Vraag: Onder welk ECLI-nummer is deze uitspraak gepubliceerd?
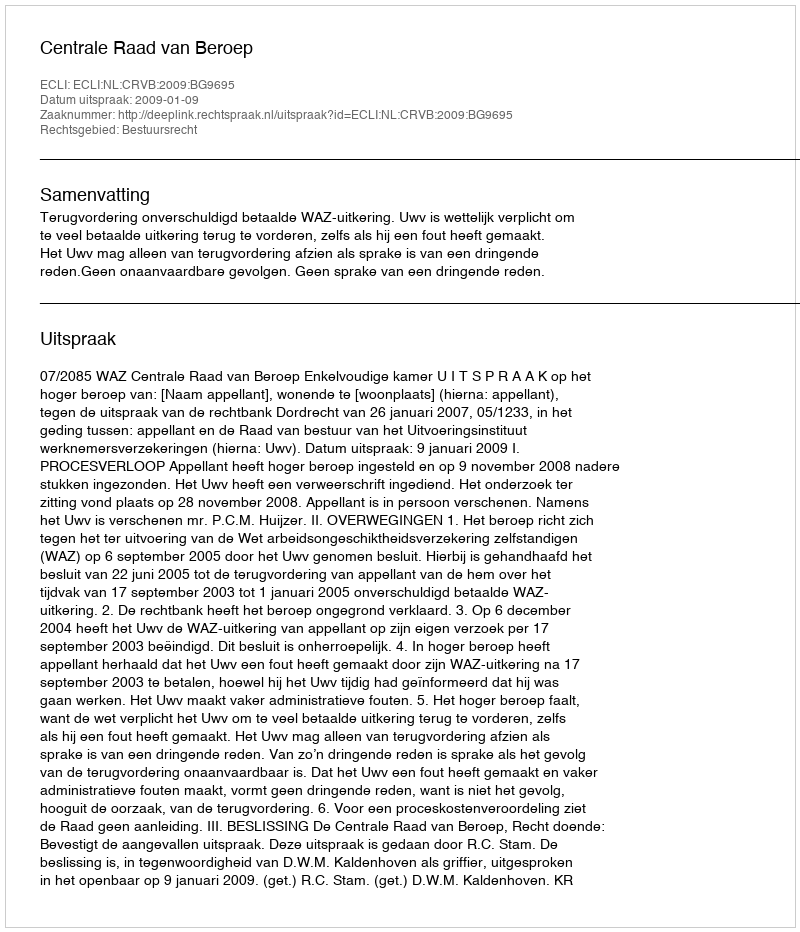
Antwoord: ECLI:NL:CRVB:2009:BG9695